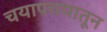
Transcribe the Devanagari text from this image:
चयापचयातून